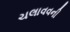
ચલાવવની